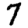
Digit: 7